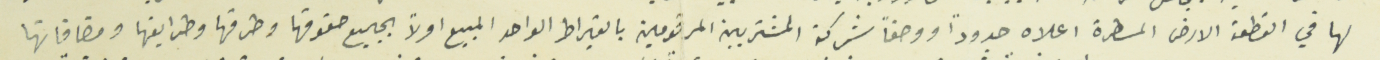
لها في القطعة الارض المسطرة اعلاه حدوداً ووصفاً شركة المشتريين المرقومين بالقيراط الواحد المبيع اولاً بجميع حقوقها وطرقها وطرايقها ومضافاتها